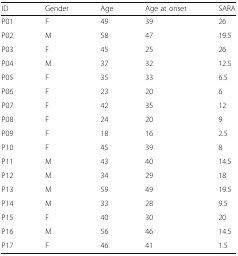
<table><thead><tr><td><b>ID</b></td><td><b>Gender</b></td><td><b>Age</b></td><td><b>Age at onset</b></td><td><b>SARA</b></td></tr></thead><tbody><tr><td>P01</td><td>F</td><td>49</td><td>39</td><td>26</td></tr><tr><td>P02</td><td>M</td><td>58</td><td>47</td><td>19.5</td></tr><tr><td>P03</td><td>F</td><td>45</td><td>25</td><td>26</td></tr><tr><td>P04</td><td>M</td><td>37</td><td>32</td><td>12.5</td></tr><tr><td>P05</td><td>F</td><td>35</td><td>33</td><td>6.5</td></tr><tr><td>P06</td><td>F</td><td>23</td><td>20</td><td>6</td></tr><tr><td>P07</td><td>F</td><td>42</td><td>35</td><td>12</td></tr><tr><td>P08</td><td>F</td><td>24</td><td>20</td><td>9</td></tr><tr><td>P09</td><td>F</td><td>18</td><td>16</td><td>2.5</td></tr><tr><td>P10</td><td>F</td><td>45</td><td>39</td><td>8</td></tr><tr><td>P11</td><td>M</td><td>43</td><td>40</td><td>14.5</td></tr><tr><td>P12</td><td>M</td><td>34</td><td>29</td><td>18</td></tr><tr><td>P13</td><td>M</td><td>59</td><td>49</td><td>19.5</td></tr><tr><td>P14</td><td>M</td><td>33</td><td>28</td><td>9.5</td></tr><tr><td>P15</td><td>F</td><td>40</td><td>30</td><td>20</td></tr><tr><td>P16</td><td>M</td><td>56</td><td>46</td><td>14.5</td></tr><tr><td>P17</td><td>F</td><td>46</td><td>41</td><td>1.5</td></tr></tbody></table>